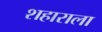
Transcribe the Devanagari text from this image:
शहाराला